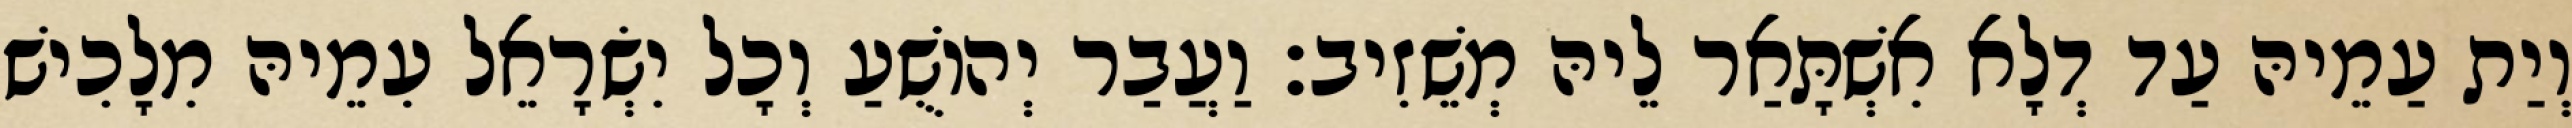
וְיַת עַמֵיהּ עַד דְלָא אִשְׁתָּאַר לֵיהּ מְשֵׁזִיב׃ וַעֲבַר יְהוֹשֻׁעַ וְכָל יִשְׂרָאֵל עִמֵיהּ מִלָכִישׁ